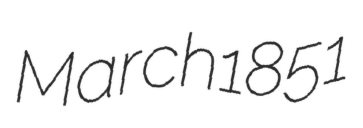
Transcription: March 1851